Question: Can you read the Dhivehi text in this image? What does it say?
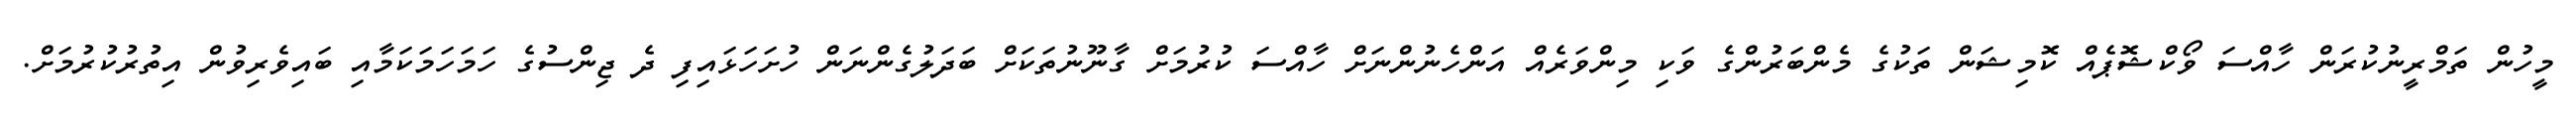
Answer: މީހުން ތަމްރީނުކުރަން ހާއްސަ ވޯކްޝޮޕެއް ކޮމިޝަން ތަކުގެ މެންބަރުންގެ ވަކި މިންވަރެއް އަންހެނުންނަށް ހާއްސަ ކުރުމަށް ގާނޫނުތަކަށް ބަދަލުގެންނަން ހުށަހަޅައިފި ދެ ޖިންސުގެ ހަމަހަމަކަމާއި ބައިވެރިވުން އިތުރުކުރުމަށް.